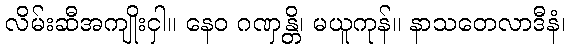
လိမ်းဆီအကျိုးငှါ။ နေဝ ဂဏှန္တိ၊ မယူကုန်။ နာသတေလာဒီနံ၊